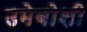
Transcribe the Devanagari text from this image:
उमेबोशी